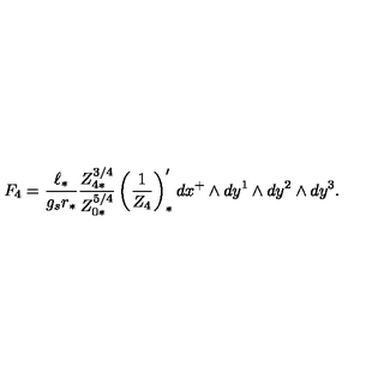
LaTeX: F _ { 4 } = { \frac { \ell _ { * } } { g _ { s } r _ { * } } } { \frac { Z _ { 4 * } ^ { 3 / 4 } } { Z _ { 0 * } ^ { 5 / 4 } } } \left( { \frac { 1 } { Z _ { 4 } } } \right) _ { * } ^ { \prime } d x ^ { + } \wedge d y ^ { 1 } \wedge d y ^ { 2 } \wedge d y ^ { 3 } .